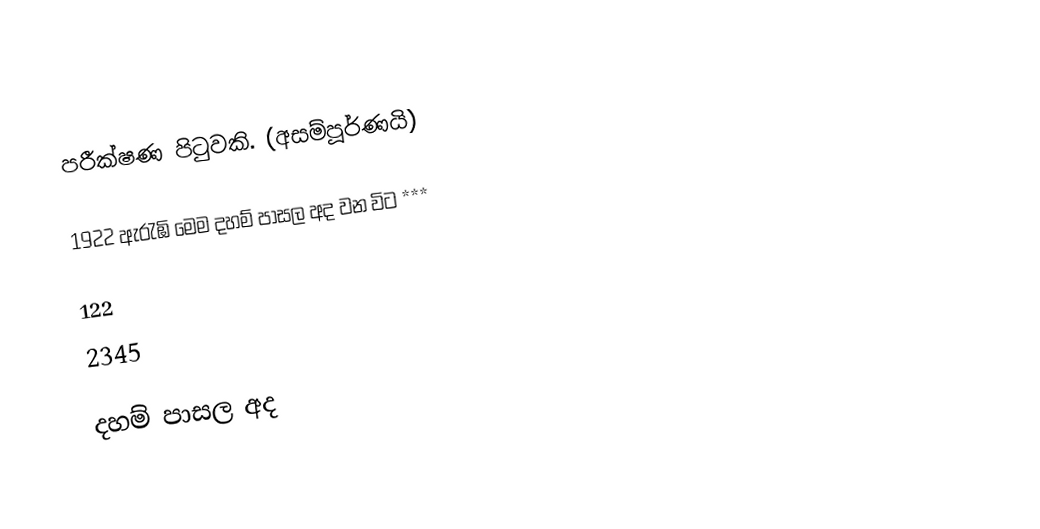
පරීක්ෂණ පිටුවකි. (අසම්පූර්ණයි)

1922 ඇරැඹි මෙම දහම් පාසල අද වන විට ***

 122
 2345

දහම් පාසල අද